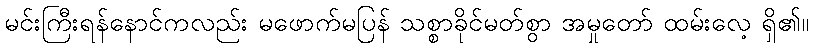
မင်းကြီးရန်နောင်ကလည်း မဖောက်မပြန် သစ္စာခိုင်မတ်စွာ အမှုတော် ထမ်းလေ့ ရှိ၏။